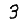
Digit: 3